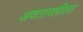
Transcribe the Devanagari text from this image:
अवतारलीला